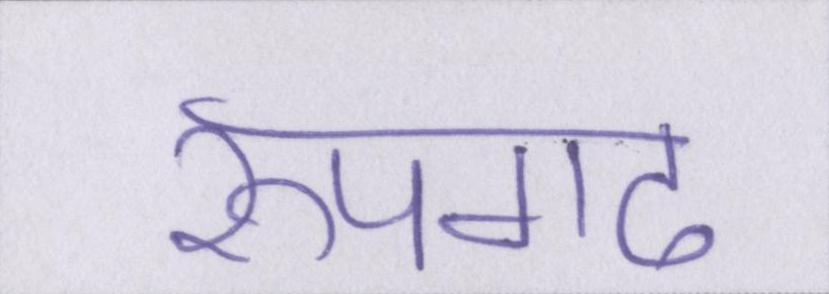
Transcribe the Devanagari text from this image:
रूपगढ